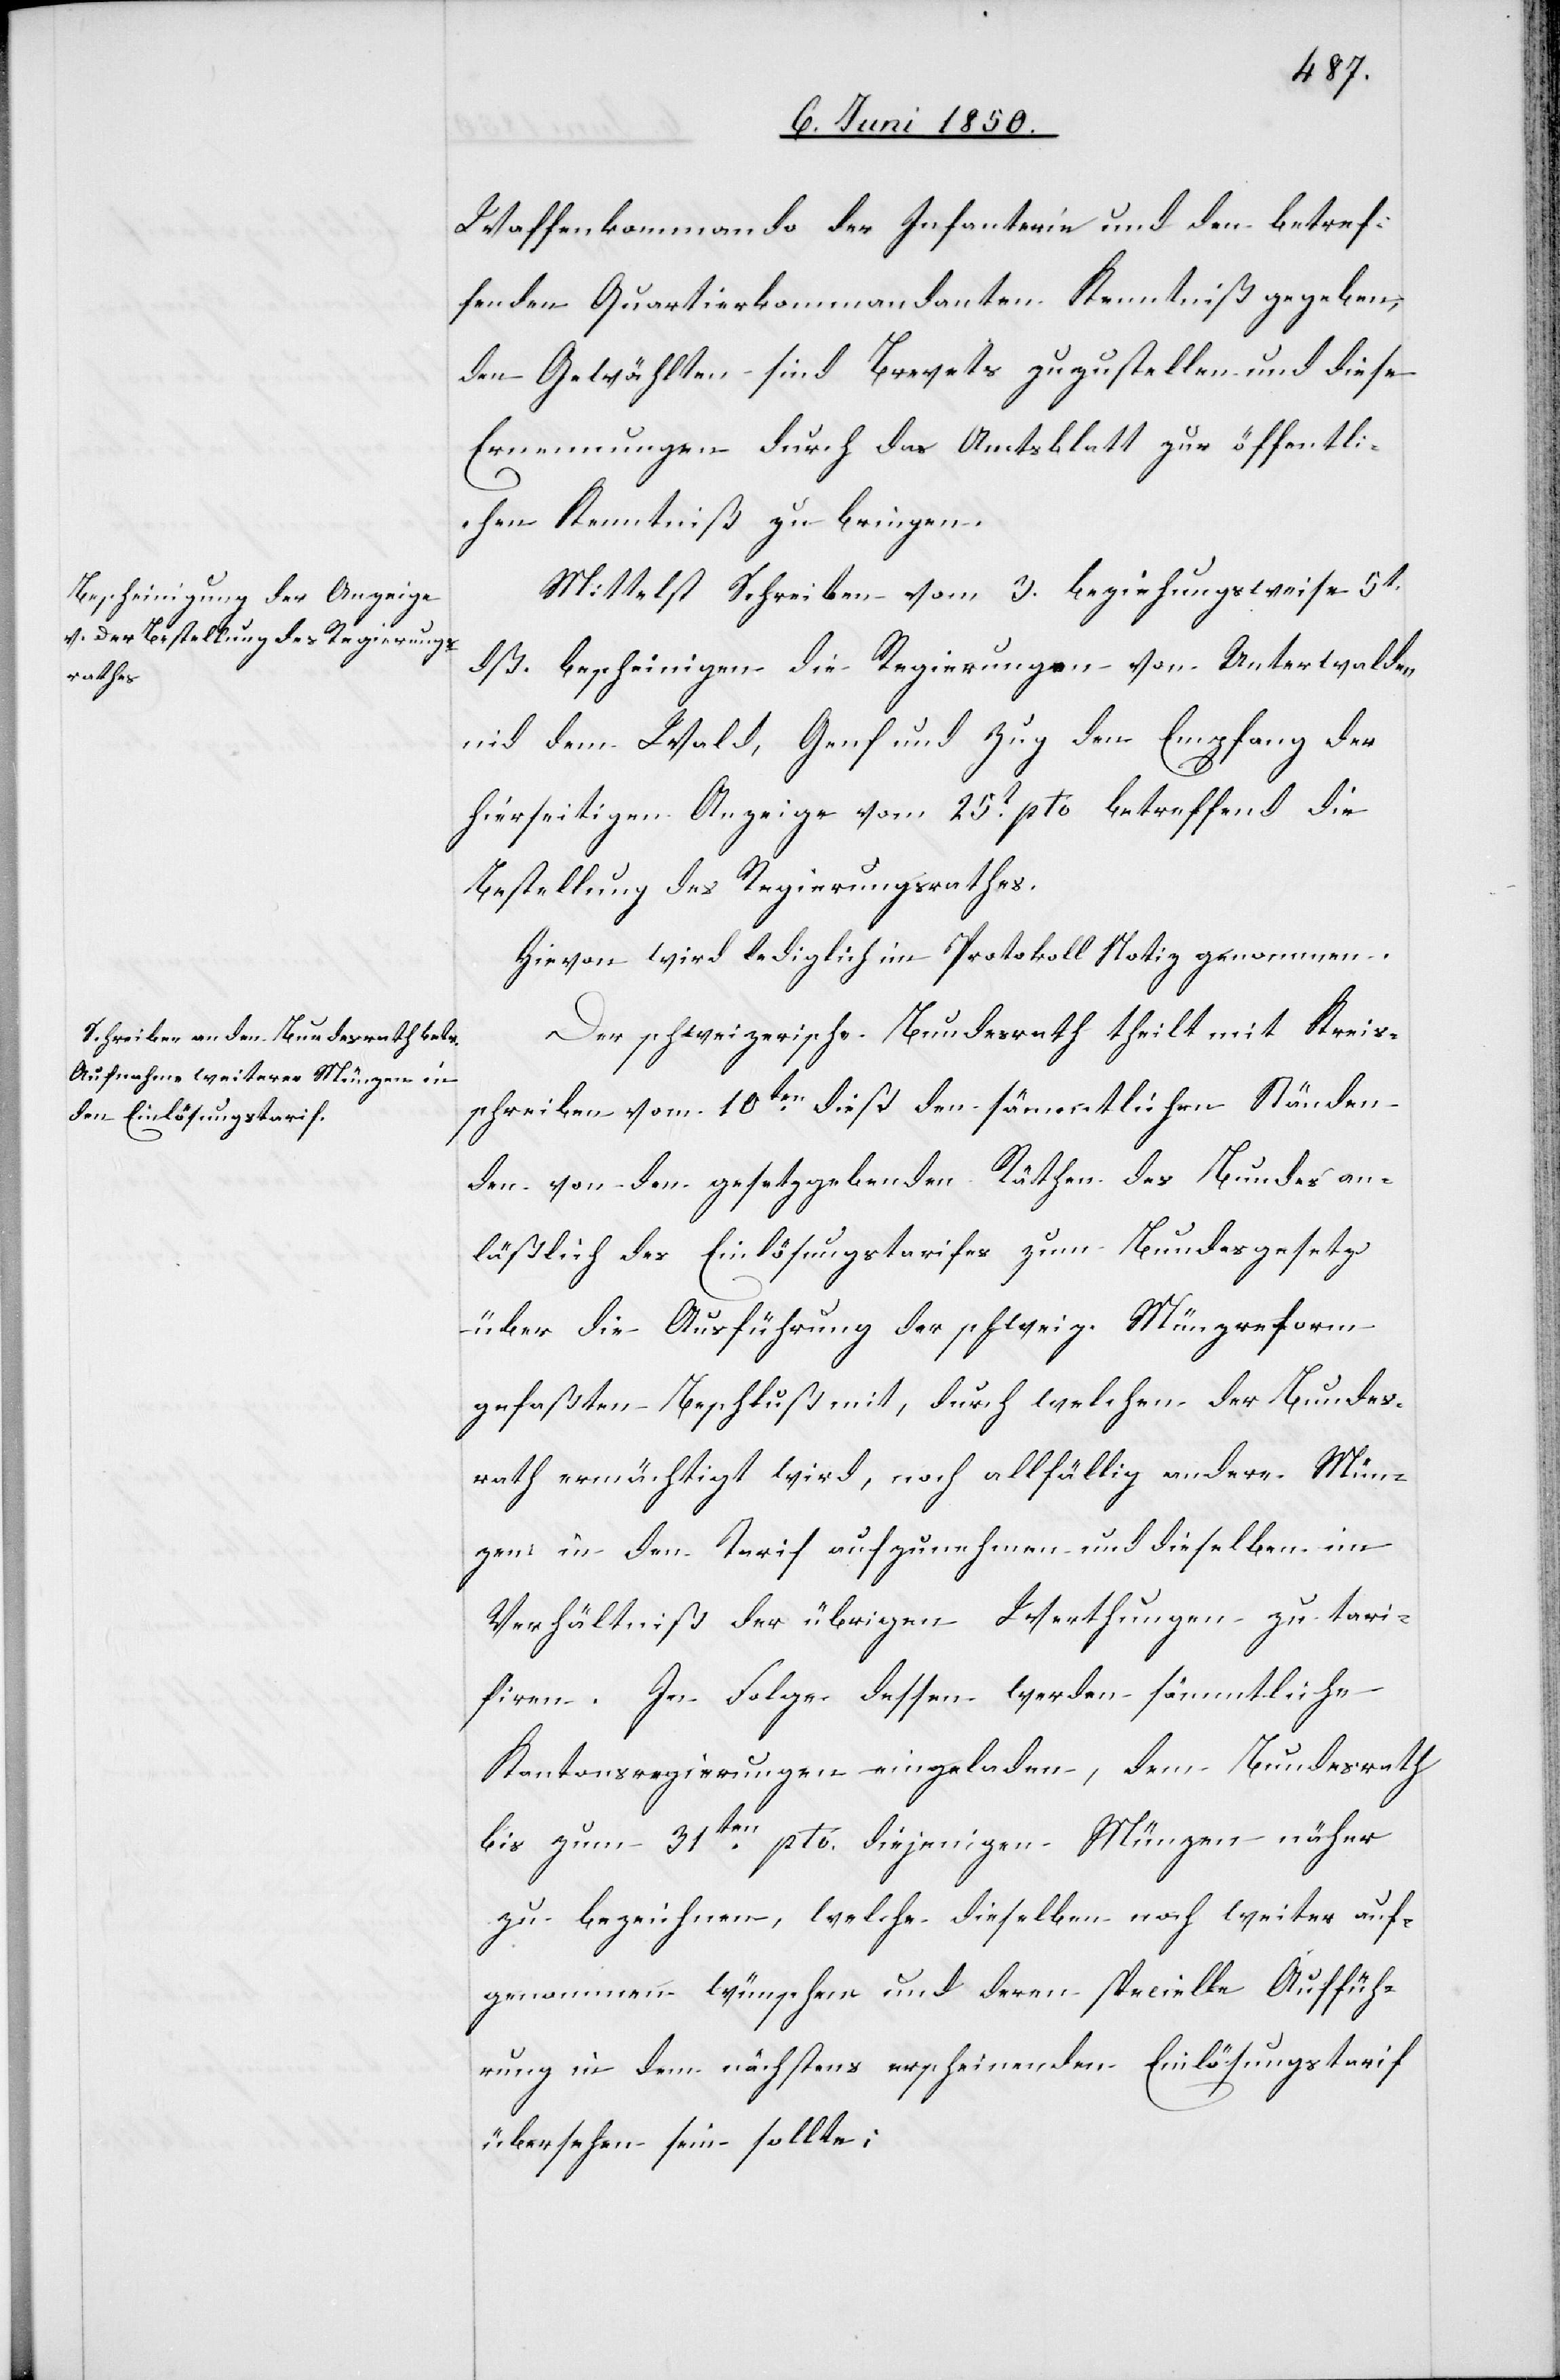
Waffenkommando der Infanterie und den betref¬
fenden Quartierkommandanten Kenntniß gegeben,
den Gewählten sind Brevets zuzustellen und diese
Ernennungen durch das Amtsblatt zur öffentli¬
chen Kenntniß zu bringen.
Mittelst Schreiben vom 3. beziehungsweise 5t
dß. bescheinigen die Regierungen von Unterwalden
nid dem Wald, Genf und Zug den Empfang der
hierseitigen Anzeige vom 25t pto betreffend die
Bestellung des Regierungsrathes.
Hievon wird lediglich im Protokoll Notiz genommen.
Der schweizerische Bundesrath theilt mit Kreis¬
schreiben vom 10ten dieß den sämmtlichen Ständen
den von den gesetzgebenden Räthen des Bundes an¬
läßlich des Einlösungstarifes zum Bundesgesetz
über die Ausführung der schweiz. Münzreform
gefaßten Beschluß mit, durch welchen der Bundes¬
rath ermächtigt wird, noch allfällig andere Mün¬
zen in den Tarif aufzunehmen und dieselben im
Verhältniß der übrigen Werthungen zu tari¬
firen. In Folge dessen werden sämmtliche
Kantonsregierungen eingeladen, dem Bundesrath
bis zum 31ten pto. diejenigen Münzen näher
zu bezeichnen, welche dieselben noch weiter auf¬
genommen wünschen und deren specielle Auffüh¬
rung in dem nächstens erscheinenden Einlösungstarif
übersehen sein sollte;